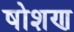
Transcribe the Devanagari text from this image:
षोशण